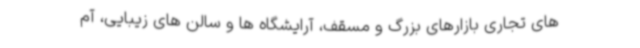
های تجاری بازارهای بزرگ و مسقف، آرایشگاه ها و سالن های زیبایی، آم